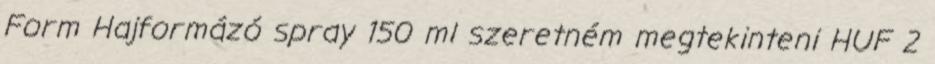
Form Hajformázó spray 150 ml szeretném megtekinteni HUF 2